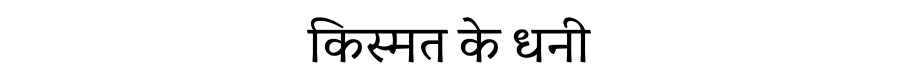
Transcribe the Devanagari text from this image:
किस्मत के धनी